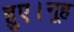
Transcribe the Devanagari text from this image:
हुए।नूह